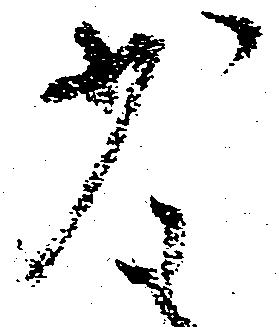
少